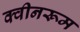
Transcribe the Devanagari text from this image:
क्वीनरूम